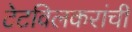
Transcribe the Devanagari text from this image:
टेटविलकरांची